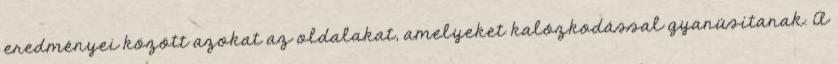
eredményei között azokat az oldalakat, amelyeket kalózkodással gyanúsítanak. A